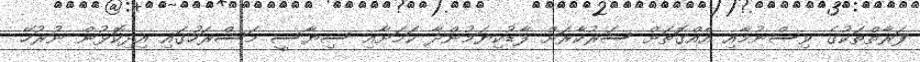
ފަރާތްތަކުގެ ވިސްނުމާއި އެއްގޮތަށް ސަރުކާރަށް ފާޑުކިޔަމުންދާ ކަމަށާއި ސިޔާސީ މަސްރަހުގައި އިދިކޮޅުން ނުރުހޭ